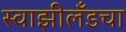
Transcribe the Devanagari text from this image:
स्वाझीलँडचा